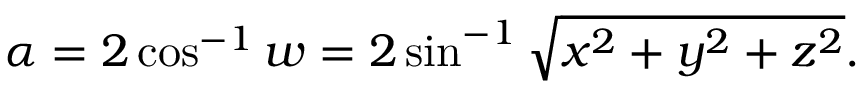
\alpha = 2 \cos ^ { - 1 } w = 2 \sin ^ { - 1 } { \sqrt { x ^ { 2 } + y ^ { 2 } + z ^ { 2 } } } .